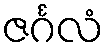
ဇင်္ဂလံ